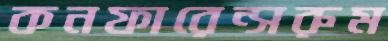
কনফারেন্সরুম